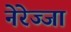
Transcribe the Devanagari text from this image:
नेरेज्जा